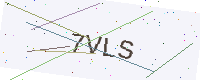
Text: 7VLS